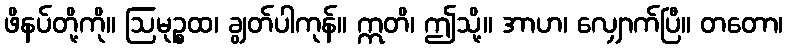
ဖိနပ်တို့ကို။ ဩမုဉ္စထ၊ ချွတ်ပါကုန်။ ဣတိ၊ ဤသို့။ အာဟ၊ လျှောက်ပြီ။ တတော၊